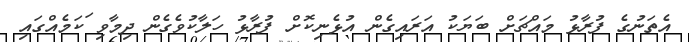
އެތަނުގެ ފުރާޅު މައްޗަށް ބަޔަކު އަރައިގެން އުޅެނިކޮށް ފުރާޅު ހަލާކުވެގެން ދިމާވި ަކަމެއްގައި